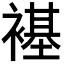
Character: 𫌊